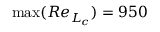
\operatorname* { m a x } ( R e _ { L _ { c } } ) = 9 5 0